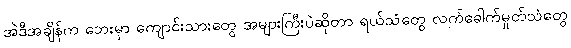
အဲဒီအချိန်က ဘေးမှာ ကျောင်းသားတွေ အများကြီးပဲဆိုတာ ရယ်သံတွေ လက်ခေါက်မှုတ်သံတွေ